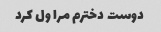
دوست دخترم مرا ول کرد